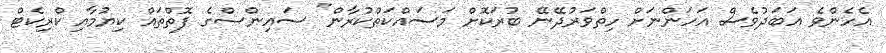
އެހެންވެ އަބަދުވެސް އަހަންނަށް ހިތްވަރުދޭނޭ ބުރަކޮށް މަސައްކަތްކުރާން" ސައިންސްގެ ފޮތްތައް ކިޔުމާއި ކްރިކެޓް